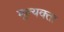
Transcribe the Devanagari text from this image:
मूल्यवत्ता